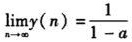
\[
\lim_{n \to \infty} y(n)=\frac{1}{1 - a}
\]